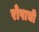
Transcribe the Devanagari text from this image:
रोपाची